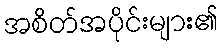
အစိတ်အပိုင်းများ၏